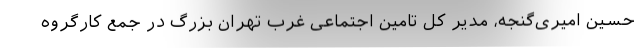
حسین امیری‌گنجه، مدیر کل تامین اجتماعی غرب تهران بزرگ در جمع کارگروه